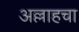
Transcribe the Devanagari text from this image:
अल्लाहचा